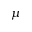
\mu